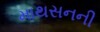
માથસનની